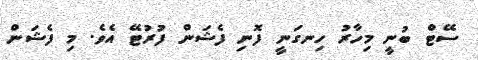
ސޭޓް ބުނީ މިހާރު ހިނގަނީ ފޮނި ފެޝަން ފުރުޓޭ އެވެ. މި ފެޝަން